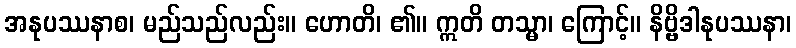
အနုပဿနာစ၊ မည်သည်လည်း။ ဟောတိ၊ ၏။ ဣတိ တသ္မာ၊ ကြောင့်။ နိဗ္ဗိဒါနုပဿနာ၊